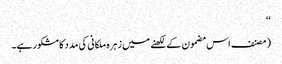
‘‘
(مصنف اس مضمون کے لکھنے میں زہرہ ملکانی کی مدد کا مشکور ہے۔